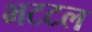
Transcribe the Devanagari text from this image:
भटटल